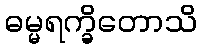
ဓမ္မရက္ခိတောသိ